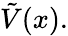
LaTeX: {\tilde{V}}(x).